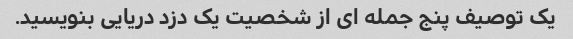
یک توصیف پنج جمله ای از شخصیت یک دزد دریایی بنویسید.